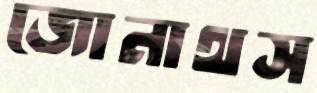
জোনাথস